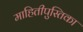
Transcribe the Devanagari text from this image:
माहितीपुस्तिका